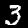
Digit: 3